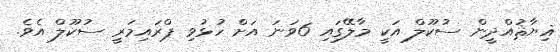
ޣިޔާޘުއްދީން ސުކޫލް އަކީ މާލޭގައި 6ވަނަ އަށް ހުޅުވި ޕްރައިމަރީ ސުކޫލް އެވެ.